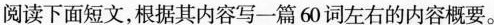
阅读下面短文,根据其内容写一篇 60 词左右的内容概要。